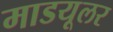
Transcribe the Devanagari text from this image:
माडयूलर